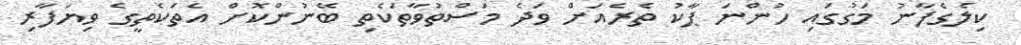
ކިލެގެފާނު މަގުގައި ހުންނަ ޕާކު ތެރެއަށް ވަދެ މަސްތުވާތަކެތި ބޭނުންކޮށް އެތަކެތީގެ ވިޔަފާރި